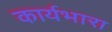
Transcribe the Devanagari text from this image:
कार्यभारा